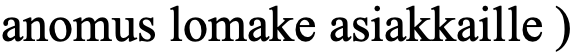
anomus lomake asiakkaille )